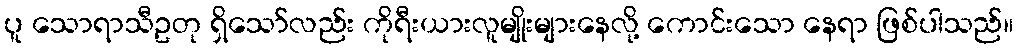
ပူ သောရာသီဥတု ရှိသော်လည်း ကိုရီးယားလူမျိုးများနေလို့ ကောင်းသော နေရာ ဖြစ်ပါသည်။